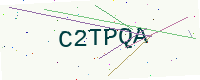
Text: C2TPQA